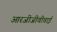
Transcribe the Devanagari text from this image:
आरजीजीवीवाई